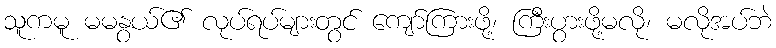
သူကမူ မမနွယ်၏ လုပ်ရပ်များတွင် ကျော်ကြားဖို့၊ ကြီးပွားဖို့မလို၊ မလိုအပ်ဘဲ